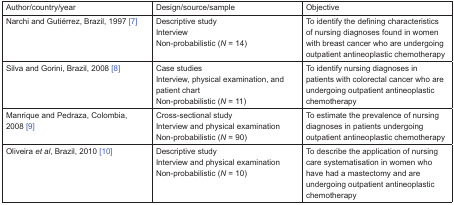
<table><thead><tr><td><b>Author/country/year</b></td><td><b>Design/source/sample</b></td><td><b>Objective</b></td></tr></thead><tbody><tr><td>Narchi and Gutiérrez, Brazil, 1997 [7]</td><td>Descriptive studyInterviewNon-probabilistic (<i>N</i> = 14)</td><td>To identify the defining characteristics of nursing diagnoses found in women with breast cancer who are undergoing outpatient antineoplastic chemotherapy</td></tr><tr><td>Silva and Gorini, Brazil, 2008 [8]</td><td>Case studiesInterview, physical examination, and patient chartNon-probabilistic (<i>N</i> = 11)</td><td>To identify nursing diagnoses in patients with colorectal cancer who are undergoing outpatient antineoplastic chemotherapy</td></tr><tr><td>Manrique and Pedraza, Colombia, 2008 [9]</td><td>Cross-sectional studyInterview and physical examinationNon-probabilistic (<i>N</i> = 90)</td><td>To estimate the prevalence of nursing diagnoses in patients undergoing outpatient antineoplastic chemotherapy</td></tr><tr><td>Oliveira <i>et al</i>, Brazil, 2010 [10]</td><td>Descriptive studyInterview and physical examinationNon-probabilistic (<i>N</i> = 10)</td><td>To describe the application of nursing care systematisation in women who have had a mastectomy and are undergoing outpatient antineoplastic chemotherapy</td></tr></tbody></table>